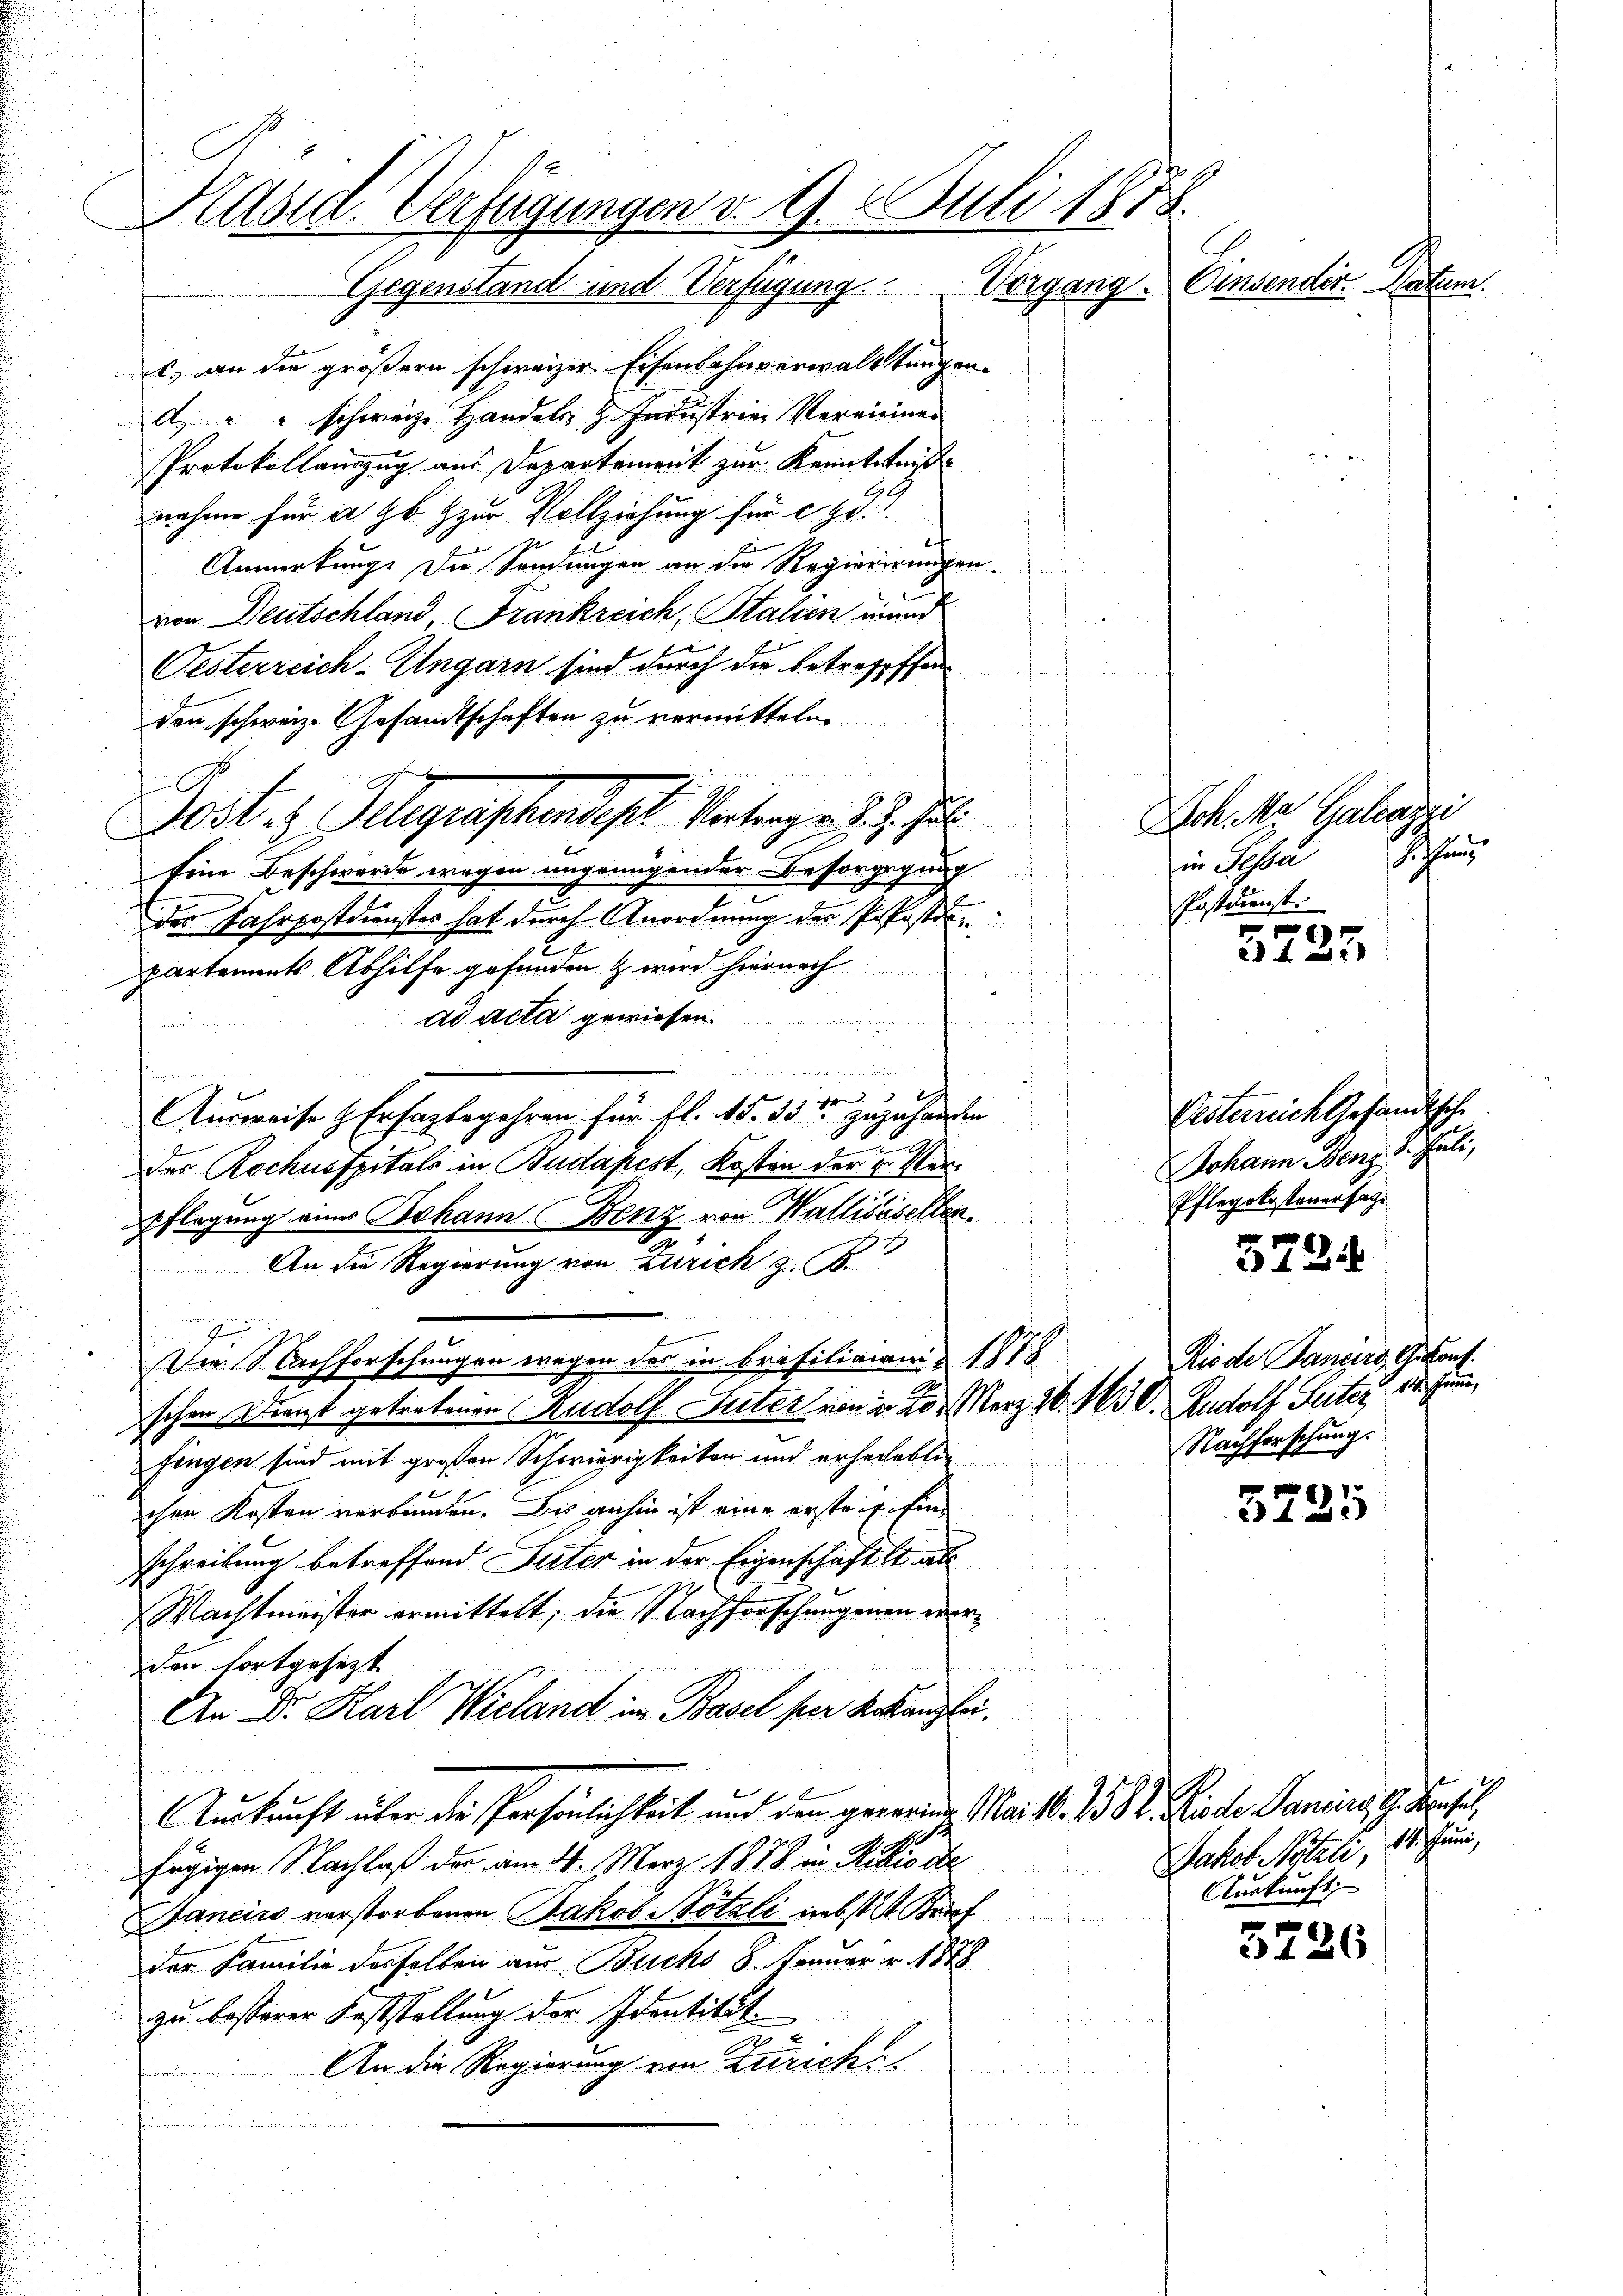
Käsid. Verfügungen d. 9. Juli 1878.
Einsender Datum.
Gegenstand und Verfügung Vorgang.

c. an die größern schweizer Eisenbahnverwalttungen-
d. " " schweize Handels, z. Industrie Vereiner
Protokollauszug aus Departement zur Kenntniß
nahme für an ab zur Vollziehung für c. d.
Anmerkung. Die Sendungen an die Regierirungen.
von Deutschland Frankreich, Stalien wund
Oesterreich-Ungarn sind durch die betreffffen
den schweiz. Gesandtschaften zu vermitteln.
.
.

Dost- & Gelegraphendest. Vertrage 2. 3. Ju
Eine Beschwerde wegen ungenügender Besorgegung
des Fahrpostdienstes hat durch Anordnung des Pfoste
partements Abhilfe gefunden & wird hiernach
.
ad acta gewiesen.
ac in der auch an des
e
s
2
.
Ausweise & Ersagbegehren für fl. 15. 33 zuzuhanden
2
des Rochusspitals in Budapest, Kosten der v. Mer¬
Pflegung eines Johann Benz von Wallisisellen.
An die Regierung von Zürich z. B.

7
Die Nachforschungen wegen der in Frisitionen 1878
schen Dienst getretenen Rudolf Suter von in L. Merz 26. 163. C. Rudolf Suter, der Himme
fingen sind mit großen Schwierigkeiten und erherheblie
chen Kosten verbrunden. Bis anhin ist eine ersteig finschreibung betreffend Peter in der Eigenschaft et als
Wachtmeister ermittelt, die Nachforschungenen wer¬

den fortgesetzt
n
An Dr. Karl Wieland im Basel per Kanzlei.

Auskunft über die Persönlichkeit und den gerein Mart. 158 V. Kinde Paniers, G. Basel
fügigen Nachlaß der am 21. März 1878 in Kilio de
Jancirs verstorbenen Jakob Nötzli nebst St. Brief
der Familie desselben aus Buchs 8. Januar v. 1878
zu besserer Koststellung der Identität.
1 x
An die Regierung von Zürich

Sch. Ma Galazzi
han
sien Schla
Postdienst.

5725

Vesterrich Gesandtsche
Johann Benz. 8. Juli,
Pflegekosteuersatze

5724

5225

3226

Kiode Panders, Gekonf
Nachforschung.

Jakob Nötzli, 18. Juni,
Auskunft